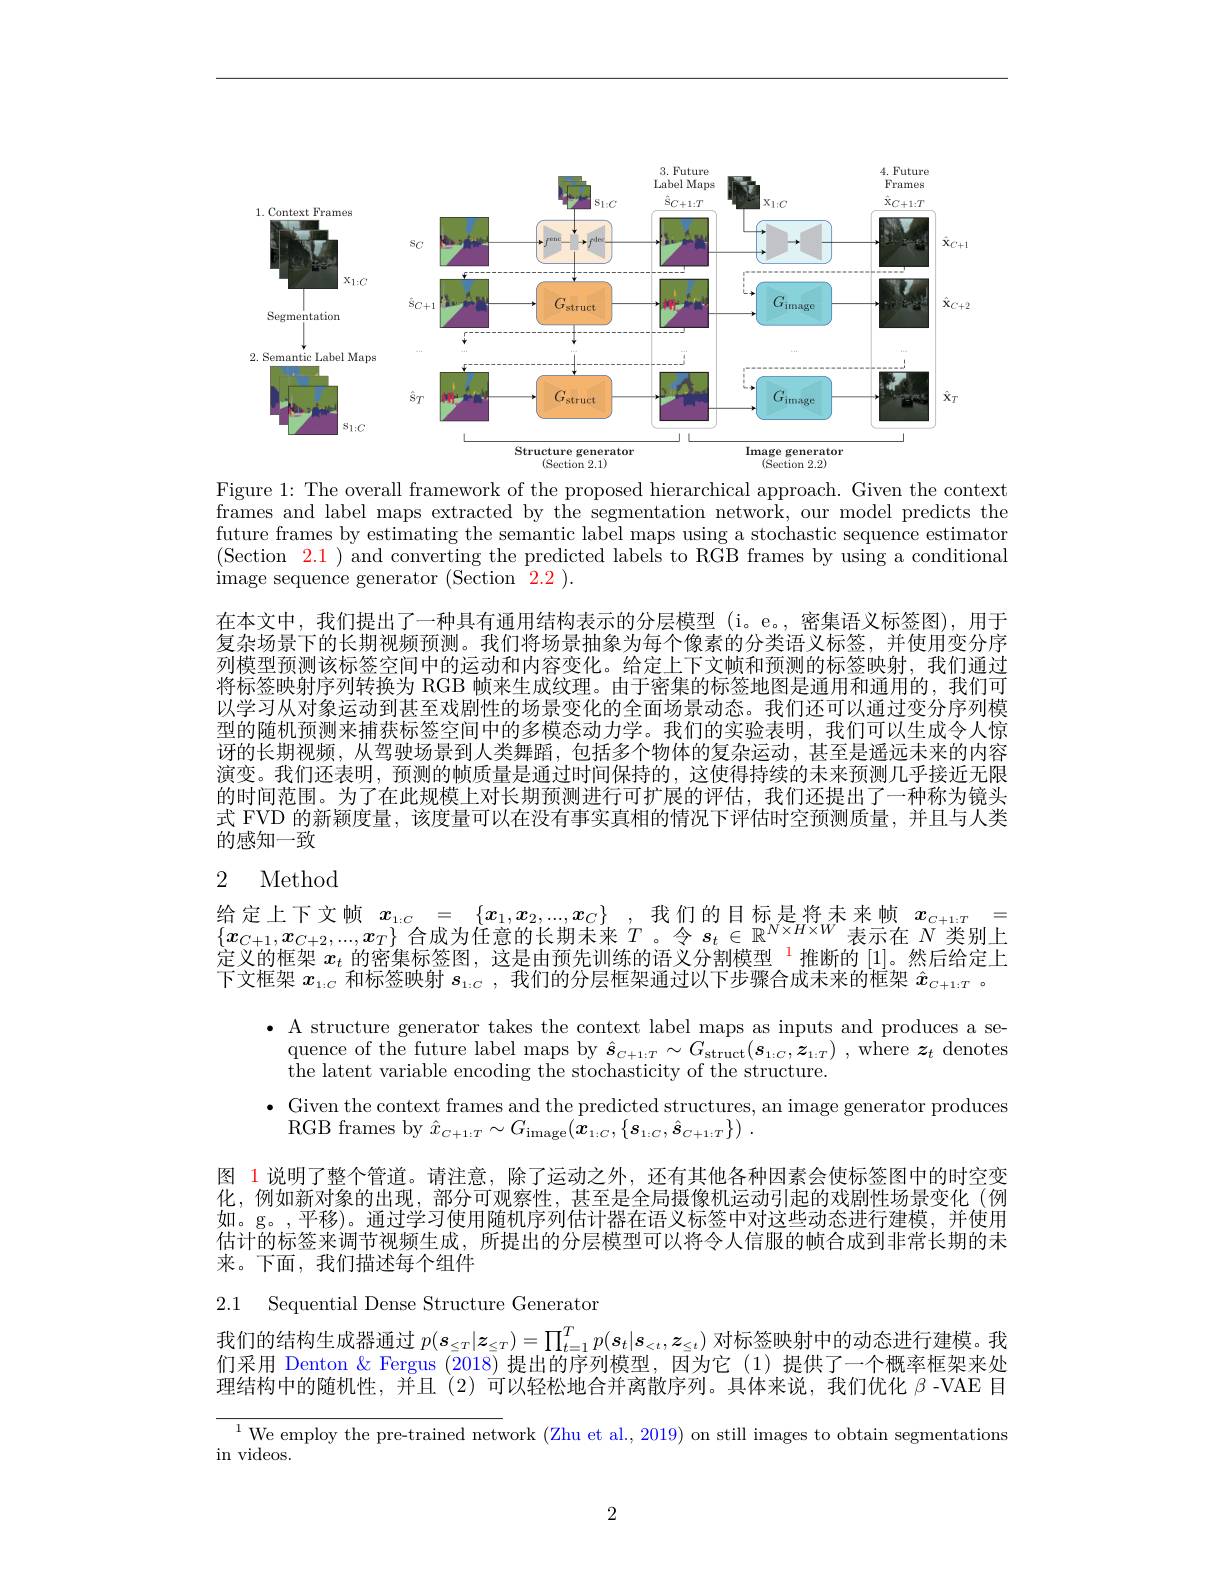
<FigureHere>
Figure 1: The overall framework of the proposed hierarchical approach. Given the context

frames and label maps extracted by the segmentation network, our model predicts the future frames by estimating the semantic label maps using a stochastic sequence estimator (Section $\color{red} 2. 1)$ and converting the predicted labels to RGB frames by using a conditional image sequence generator $(\bar{\text{Section }}2.2).$

在本文中，我们提出了一种具有通用结构表示的分层模型(i。e。,密集语义标签图),用于复杂场景下的长期视频预测。我们将场景抽象为每个像素的分类语义标签，并使用变分序列模型预测该标签空间中的运动和内容变化。给定上下文帧和预测的标签映射，我们通过将标签映射序列转换为 RGB 帧来生成纹理。由于密集的标签地图是通用和通用的，我们可以学习从对象运动到甚至戏剧性的场景变化的全面场景动态。我们还可以通过变分序列模型的随机预测来捕获标签空间中的多模态动力学。我们的实验表明，我们可以生成令人惊讶的长期视频，从驾驶场景到人类舞蹈，包括多个物体的复杂运动，甚至是遥远未来的内容演变。我们还表明，预测的帧质量是通过时间保持的，这使得持续的未来预测几乎接近无限的时间范围。为了在此规模上对长期预测进行可扩展的评估，我们还提出了一种称为镜头式 FVD 的新颖度量，该度量可以在没有事实真相的情况下评估时空预测质量，并且与人类的感知一致

# 2 Method

$\begin{array}{rcl}\text{给定上下文帧}&x_{1:C}&=&\{x_{1},x_{2},...,x_{C}\}\\\{x_{C+1},x_{C+2},...,x_{T}\}&\text{合成为任意的长期未来 }T\text{。令 }s_{t}\in\mathbb{R}^{N\times H\times W}\text{表示在 }N\text{ 类别上}\end{array}$ 定义的框架$x_t$的密集标签图，这是由预先训练的语义分割模型$^1$推断的 [1]。然后给定上下文框架$x_{1:C}$和标签映射$s_1:C$,我们的分层框架通过以下步骤合成未来的框架$\hat{x}_{C+1:T}$ 。

$\bullet$ A structure generator takes the context label maps as inputs and produces a se-
quence of the future label maps by $\hat{\boldsymbol{s}} _{C+ 1: T}\sim G_{\mathrm{struct}}( \dot{\boldsymbol{s}} _{1: C}, \dot{\boldsymbol{z}} _{1: T})$ ,where $\boldsymbol{z}_t$ denotes
$\bar{\text{the latent variable encoding the stochasticity of the structure.}}$
$\bullet$ Given the context frames and the predicted structures, an image generator produces
RGB frames by $\hat{x} _{C+ 1: T}\sim G_{\mathrm}( \bar{\boldsymbol{x}} _{1: C}, \{ \boldsymbol{s}_{1: C}, \hat{\boldsymbol{s}} _{C+ 1: T}\} )$ .

图 1 说明了整个管道。请注意，除了运动之外，还有其他各种因素会使标签图中的时空变化，例如新对象的出现，部分可观察性，甚至是全局摄像机运动引起的戏剧性场景变化(例如。g。,平移)。通过学习使用随机序列估计器在语义标签中对这些动态进行建模，并使用估计的标签来调节视频生成，所提出的分层模型可以将令人信服的帧合成到非常长期的未来。下面，我们描述每个组件
2.1 Sequential Dense Structure Generator

我们的结构生成器通过$p(\boldsymbol{s}_{\leq T}|\boldsymbol{z}_{\leq T})=\prod_{t=1}^Tp(\boldsymbol{s}_t|\boldsymbol{s}_{<t},\boldsymbol{z}_{\leq t})$对标签映射中的动态进行建模。我们采用 Denton & Fergus (2018)提出的序列模型，因为它(1)提供了一个概率框架来处理结构中的随机性，并且(2)可以轻松地合并离散序列。具体来说，我们优化$\beta$ -VAE 目

$^{1}$We employ the pre-trained network (Zhu et al., 2019) on still images to obtain segmentations

in videos.

2